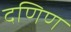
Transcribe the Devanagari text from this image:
दणिण